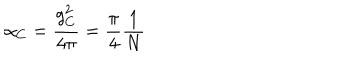
\alpha _ { C } = { \frac { g _ { C } ^ { 2 } } { 4 \pi } } = { \frac { \pi } { 4 } } { \frac { 1 } { N } }